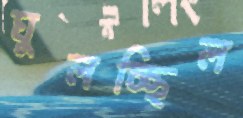
ঘুলচ্ছিল